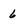
Character: 6